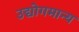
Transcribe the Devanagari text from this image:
उद्योगमान्य